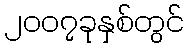
၂၀၀၇ခုနှစ်တွင်